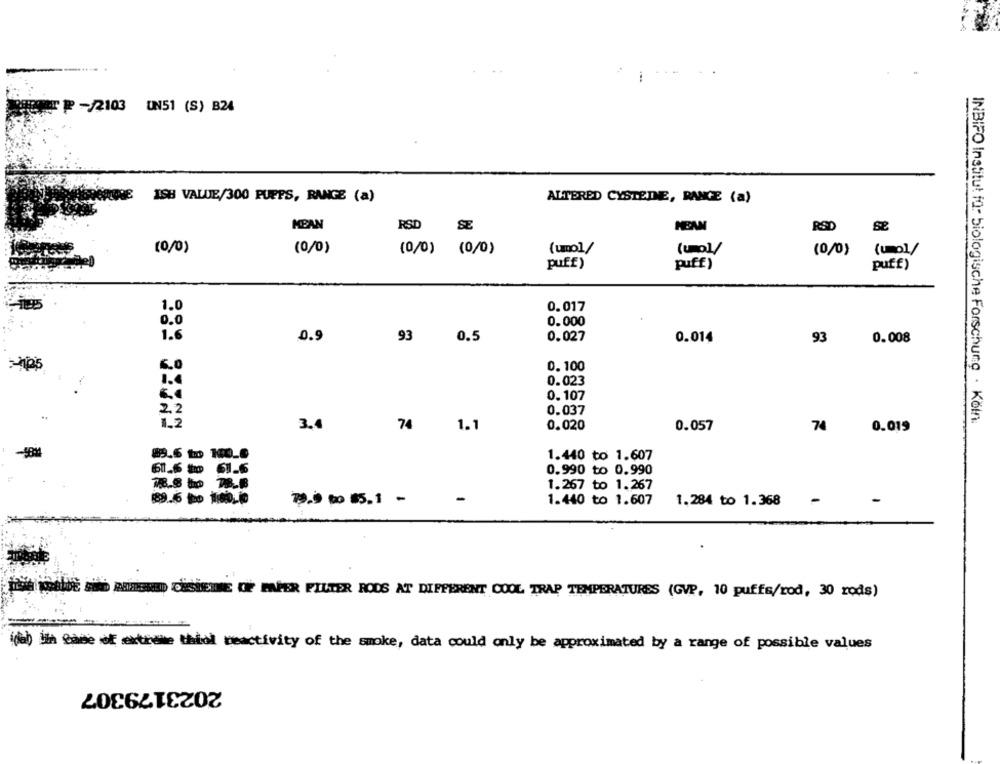
₽ -/2103 UN51 (S) B24
ISH VALUE/300 PUFFS, RANGE (a)
ALTERED CYSTEDE, RANGE (a)
MEAN
RSD
NEAN
RSD
(0/0)
(0/0)
(0/0) (0/0)
(umol/
(uma)
(0/0)
(10))
puff)
puff)
puff)
1.0
0.017
0.0
0.000
1.6
0.9
93
0.5
0.027
0.014
93
0.008
6.0
0.100
1.4
0.023
0.107
2.2
0.037
INBIFO Institut für biologische Forschung · Köln.
12
3.4
74
1.1
0.020
0.057
74
0.019
1.440 to 1.607
61.6 mm 61.6
0.990 to 0.990
1.267 to 1.267
79.9 to 5.1 -
1.440 to 1.607
1.284 to 1.368
-
-
RHINENED DESHETNE OF PAPER FILTER RODS AT DIFFERENT COOL TRAP TEMPERATURES (GVP, 10 puffs/rod, 30 rods)
(de) i'm Game of extrame thiol reactivity of the smoke, data could only be approximated by a range of possible values
2023179307